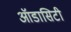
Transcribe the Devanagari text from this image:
ऑडासिटी